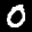
Label: 0